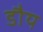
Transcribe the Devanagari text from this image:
डौय